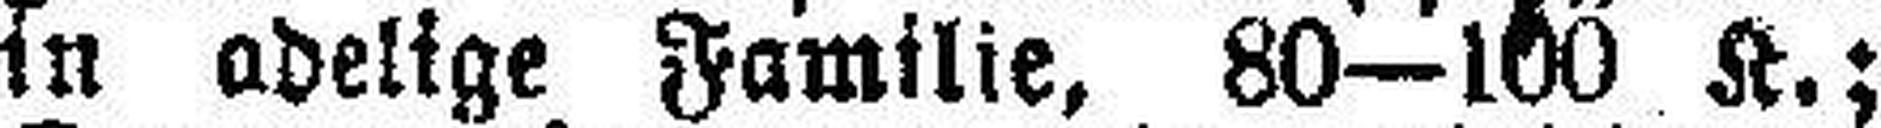
in adelige Familie, 80—100 K.;